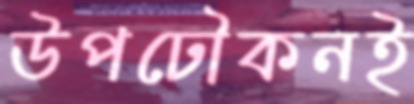
উপঢৌকনই